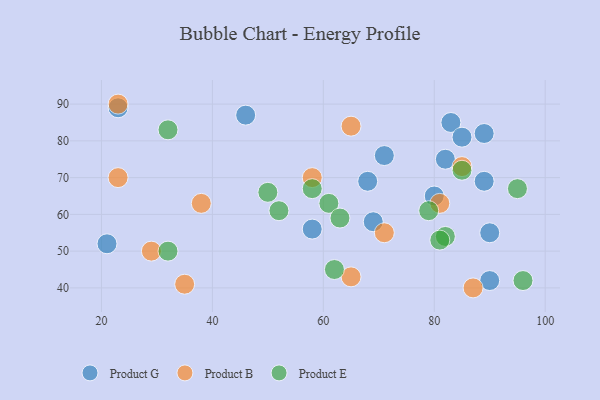
{"axis": {"x": "GDP", "y": "Life Expectancy"}, "legend": ["Product B", "Product E", "Product G"], "data": [{"x": "89", "y": 82, "type": "Product G"}, {"x": "82", "y": 75, "type": "Product G"}, {"x": "83", "y": 85, "type": "Product G"}, {"x": "21", "y": 52, "type": "Product G"}, {"x": "71", "y": 76, "type": "Product G"}, {"x": "69", "y": 58, "type": "Product G"}, {"x": "90", "y": 42, "type": "Product G"}, {"x": "80", "y": 65, "type": "Product G"}, {"x": "68", "y": 69, "type": "Product G"}, {"x": "23", "y": 89, "type": "Product G"}, {"x": "90", "y": 55, "type": "Product G"}, {"x": "46", "y": 87, "type": "Product G"}, {"x": "89", "y": 69, "type": "Product G"}, {"x": "58", "y": 56, "type": "Product G"}, {"x": "85", "y": 81, "type": "Product G"}, {"x": "81", "y": 63, "type": "Product B"}, {"x": "38", "y": 63, "type": "Product B"}, {"x": "85", "y": 73, "type": "Product B"}, {"x": "87", "y": 40, "type": "Product B"}, {"x": "35", "y": 41, "type": "Product B"}, {"x": "23", "y": 70, "type": "Product B"}, {"x": "65", "y": 84, "type": "Product B"}, {"x": "65", "y": 43, "type": "Product B"}, {"x": "29", "y": 50, "type": "Product B"}, {"x": "23", "y": 90, "type": "Product B"}, {"x": "58", "y": 70, "type": "Product B"}, {"x": "71", "y": 55, "type": "Product B"}, {"x": "58", "y": 67, "type": "Product E"}, {"x": "50", "y": 66, "type": "Product E"}, {"x": "96", "y": 42, "type": "Product E"}, {"x": "82", "y": 54, "type": "Product E"}, {"x": "61", "y": 63, "type": "Product E"}, {"x": "95", "y": 67, "type": "Product E"}, {"x": "85", "y": 72, "type": "Product E"}, {"x": "32", "y": 50, "type": "Product E"}, {"x": "62", "y": 45, "type": "Product E"}, {"x": "79", "y": 61, "type": "Product E"}, {"x": "81", "y": 53, "type": "Product E"}, {"x": "63", "y": 59, "type": "Product E"}, {"x": "32", "y": 83, "type": "Product E"}, {"x": "52", "y": 61, "type": "Product E"}]}